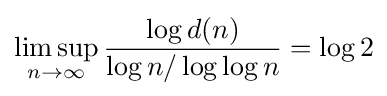
\limsup _{n\to \infty }{\frac {\log d(n)}{\log n/\log \log n}}=\log 2